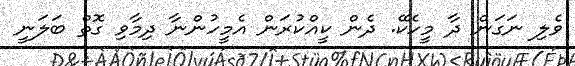
ވެލި ނަގަން ދާ މީހެކޭ. ދެން ކީއްކުރަން އެމީހުންނާ ދިމާވި ގޮތް ބަލަނީ